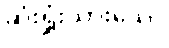
ဆုံးရှုံးသွားသော